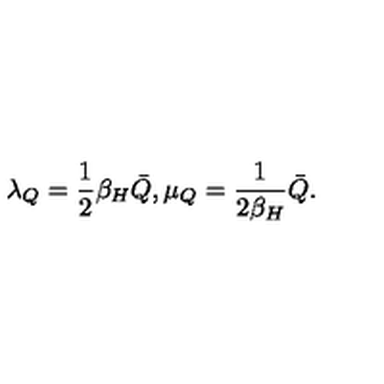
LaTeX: \lambda _ { Q } = { \frac { 1 } { 2 } } \beta _ { H } \bar { Q } , \mu _ { Q } = { \frac { 1 } { 2 \beta _ { H } } } \bar { Q } .